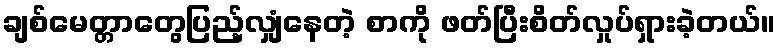
ချစ်မေတ္တာတွေပြည့်လျှံနေတဲ့ စာကို ဖတ်ပြီးစိတ်လှုပ်ရှားခဲ့တယ်။